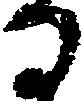
る